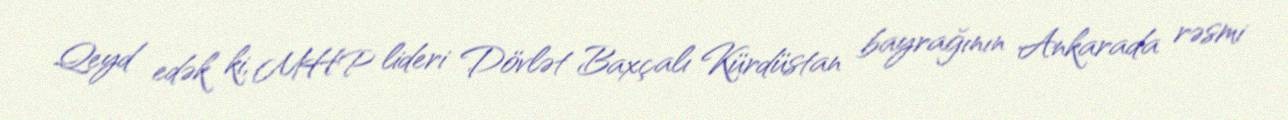
Qeyd edək ki, MHP lideri Dövlət Baxçalı Kürdüstan bayrağının Ankarada rəsmi